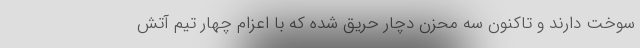
سوخت دارند و تاکنون سه محزن دچار حریق شده که با اعزام چهار تیم آتش